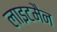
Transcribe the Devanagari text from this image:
लाइटमैन